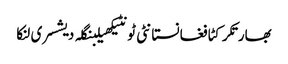
بھارتکرکٹافغانستانٹی ٹونٹیکھیلبنگلہ دیشسری لنکا